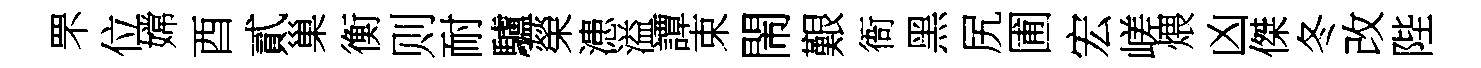
罘位嫦酉貳巢衡则耐驢榮漶溢譚束閙艱衙黑尻圃宏嵯煨凶傑冬改陛